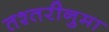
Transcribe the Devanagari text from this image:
तश्तरीनुमा